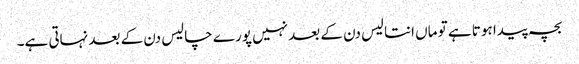
بچہ پیدا ہوتا ہے تو ماں انتالیس دن کے بعد نہیں پورے چالیس دن کے بعد نہاتی ہے۔